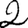
Digit: 2